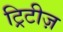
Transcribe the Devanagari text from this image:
ट्रिटीज़